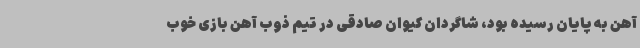
آهن به پایان رسیده بود، شاگردان کیوان صادقی در تیم ذوب آهن بازی خوب